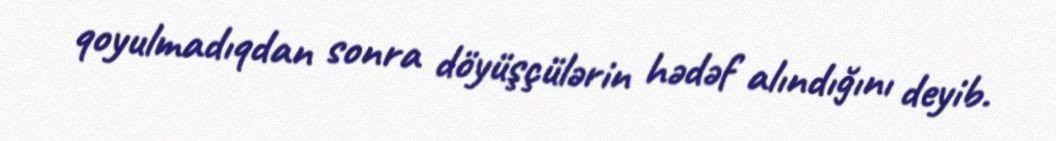
qoyulmadıqdan sonra döyüşçülərin hədəf alındığını deyib.